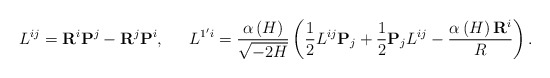
\begin{align*}L^{ij}={\bf R}^i{\bf P}^j-{\bf R}^j{\bf P}^i,\,\,\,\quad L^{1^{\prime }i}= \frac{\alpha \left( H\right) }{\sqrt{-2H}}\left( \frac 12L^{ij}{\bf P}_j+\frac 12{\bf P}_jL^{ij}-\frac{\alpha \left( H\right) {\bf R}^i}R\right) .\end{align*}